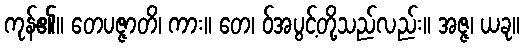
ကုန်၏။ တေပဇ္ဇာတိ၊ ကား။ တေ၊ ဝ်အပွင့်တို့သည်လည်း။ အဇ္ဇ၊ ယခု။